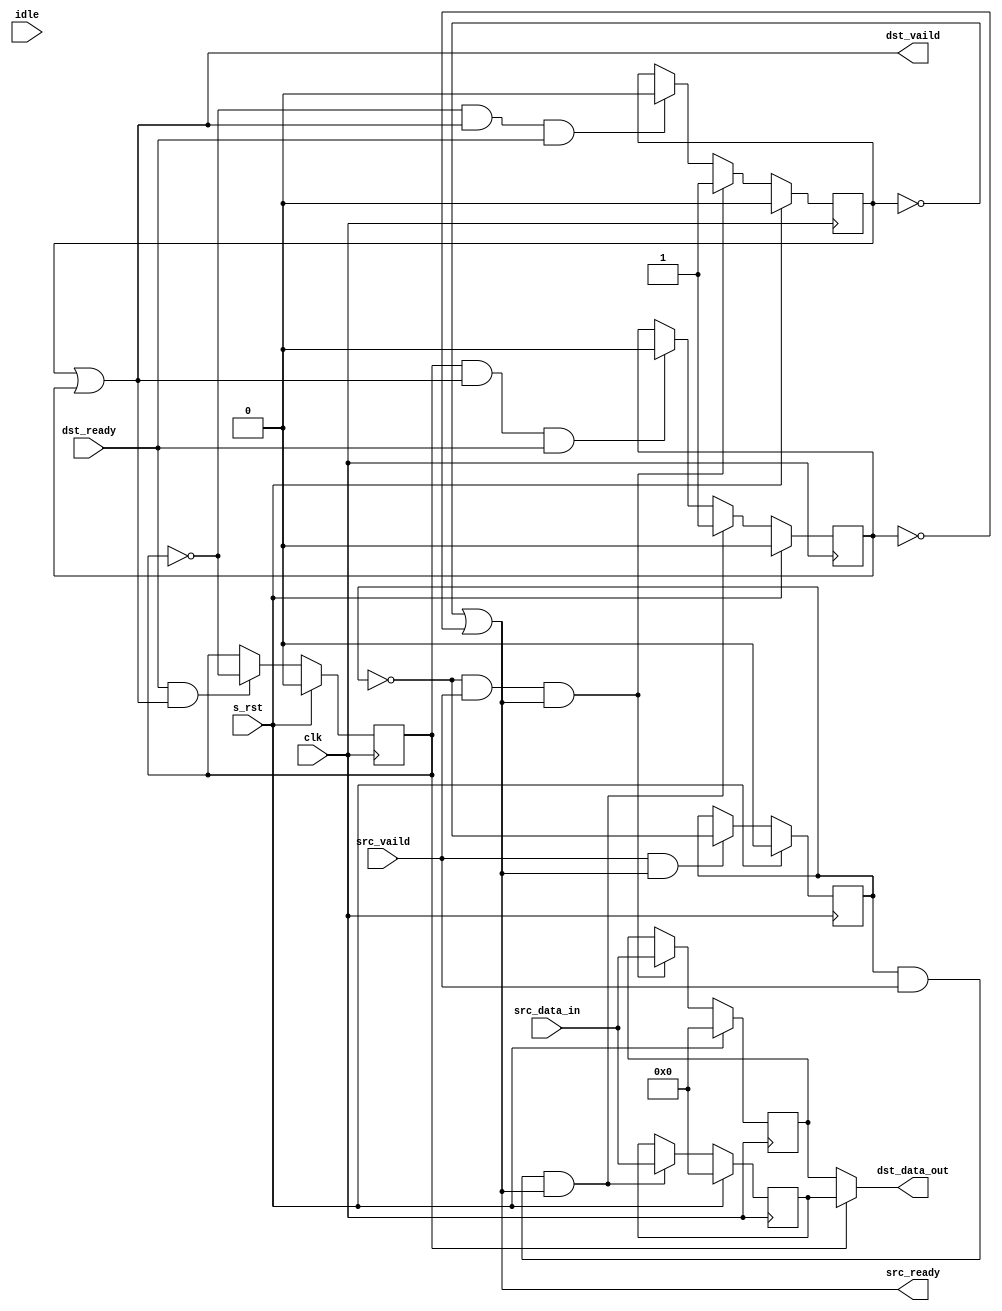
// -----------------------------------------------------------------------------
// Copyright (c) 2014-2022 All rights reserved
// -----------------------------------------------------------------------------
// wechat : wxz18066913150
// Create : 2022-08-25 08:57:36
// Revise : 2022-08-25 08:57:36
// Editor : sublime text3, tab size (4)
// -----------------------------------------------------------------------------
module Fully_Registered_v3#( 
	parameter	WIDTH = 8 ,
	parameter 	DEPTH = 256 
	)
(
	clk,
	s_rst,
	idle,
	src_vaild,
	src_data_in,

	src_ready,

	dst_ready,

	dst_vaild,
	dst_data_out

	);
input						clk			;
input						s_rst		;
input						idle		;
input						src_vaild	;
input		[WIDTH-1:0]		src_data_in ;
input						dst_ready	;

output						dst_vaild	;
output		[WIDTH-1:0]		dst_data_out;
output						src_ready 	;


wire 			data_buffer_full_1			;
reg [WIDTH-1:0]	data_buffer_data_1			;

wire 			data_buffer_full_2			;
reg [WIDTH-1:0]	data_buffer_data_2			;

wire 			load_data_buffer			;
reg 			switch_load					;

reg             vaild_1						;
reg  			vaild_2						;
wire  			switch_sel					;
reg 			sel							;


//======================== ping-pong buffer ===============================
assign load_data_buffer = src_vaild && src_ready;


always @(posedge clk) begin
	if (s_rst) begin
		// reset
		switch_load <= 1'b0;
	end
	else if (load_data_buffer) begin
		switch_load <= ~switch_load;
	end
end

assign data_buffer_full_1 = ~switch_load & src_vaild & src_ready;
assign data_buffer_full_2 = switch_load & src_vaild & src_ready;

always @(posedge clk) begin
	if (s_rst) begin
		// reset
		data_buffer_data_1 <= 'd0;
	end
	else if (data_buffer_full_1) begin
		data_buffer_data_1 <= src_data_in;
	end
end

always @(posedge clk) begin
	if (s_rst) begin
		// reset
		data_buffer_data_2 <= 'd0;
	end
	else if (data_buffer_full_2) begin
		data_buffer_data_2 <= src_data_in;
	end
end

//======================== ping-pong buffer end===============================


always @(posedge clk) begin
	if (s_rst) begin
		// reset
		vaild_1 <= 1'b0;
	end
	else if (data_buffer_full_1) begin
		vaild_1 <= 1'b1;
	end
	else if(~sel & dst_vaild & dst_ready) begin
		vaild_1 <= 1'b0;
	end
	else begin
		vaild_1 <= vaild_1;
	end


end

always @(posedge clk) begin
	if (s_rst) begin
		// reset
		vaild_2 <= 1'b0;
	end
	else if (data_buffer_full_2) begin
		vaild_2 <= 1'b1;
	end
	else if(sel & dst_vaild & dst_ready) begin
		vaild_2 <= 1'b0;
	end
	else begin
		vaild_2 <= vaild_2;
	end

end

assign src_ready = ~vaild_1 | ~vaild_2;
assign dst_vaild = vaild_1 | vaild_2;

assign switch_sel = dst_ready && dst_vaild;
assign dst_data_out = (sel == 1'b0) ? data_buffer_data_1 : data_buffer_data_2;


always @(posedge clk) begin
	if (s_rst) begin
		// reset
		sel <= 1'b0;
	end
	else if (switch_sel) begin
		sel <= ~sel;
	end
end
endmodule